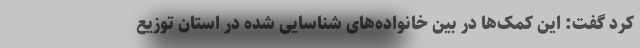
کرد گفت: این کمک‌ها در بین خانواده‌های شناسایی شده در استان توزیع